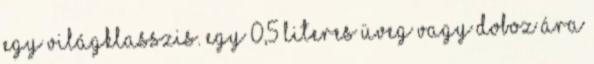
egy világklasszis. Egy 0,5 literes üveg vagy doboz ára